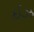
ઇઝ